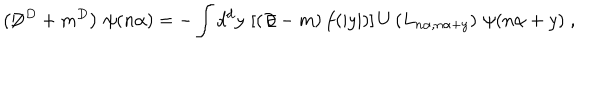
\left( \not \! \! D ^ { D } + m ^ { D } \right) \, \psi ( n \alpha ) = - \int _ { } ^ { } d ^ { d } y \, \left[ ( \not \! \partial - m ) \, f ( | y | ) \right] U \left( L _ { n \alpha , n \alpha + y } \right) \, \psi ( n \alpha + y ) \; ,